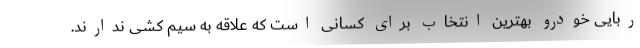
‌ربایی خودرو بهترین انتخاب برای کسانی است که علاقه به سیم کشی ندارند.